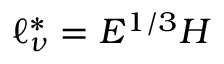
\ell _ { \nu } ^ { * } = E ^ { 1 / 3 } H